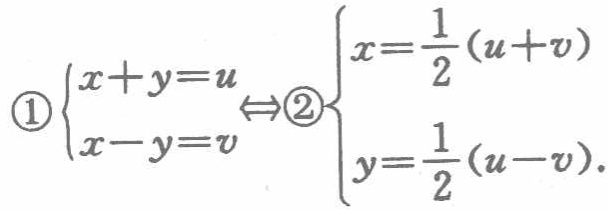
\(

\begin{cases}

x + y = u \\

x - y = v

\end{cases}

\Leftrightarrow

\begin{cases}

x=\frac{1}{2}(u + v) \\

y=\frac{1}{2}(u - v)

\end{cases}

\)